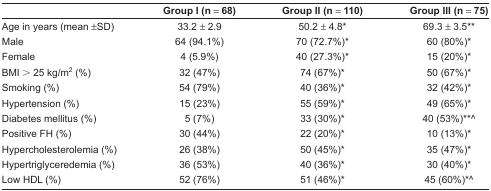
|  | Group I (n = 68) | Group II (n = 110) | Group III (n = 75) |
 | --- | --- | --- | --- |
 | Age in years (mean ±SD) | 33.2 ± 2.9 | 50.2 ± 4.8* | 69.3 ± 3.5** |
 | Male | 64 (94.1%) | 70 (72.7%)* | 60 (80%)* |
 | Female | 4 (5.9%) | 40 (27.3%)* | 15 (20%)* |
 | BMI > 25 kg/m2 (%) | 32 (47%) | 74 (67%)* | 50 (67%)* |
 | Smoking (%) | 54 (79%) | 40 (36%)* | 32 (42%)* |
 | Hypertension (%) | 15 (23%) | 55 (59%)* | 49 (65%)* |
 | Diabetes mellitus (%) | 5 (7%) | 33 (30%)* | 40 (53%)**^ |
 | Positive FH (%) | 30 (44%) | 22 (20%)* | 10 (13%)* |
 | Hypercholesterolemia (%) | 26 (38%) | 50 (45%)* | 35 (47%)* |
 | Hypertriglyceredemia (%) | 36 (53%) | 40 (36%)* | 30 (40%)* |
 | Low HDL (%) | 52 (76%) | 51 (46%)* | 45 (60%)*^ |